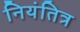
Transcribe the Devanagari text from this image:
नियंतित्र